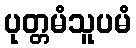
ပုတ္တမံသူပမံ